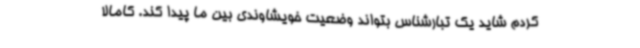
کردم شاید یک تبارشناس بتواند وضعیت خویشاوندی بین ما پیدا کند. کامالا